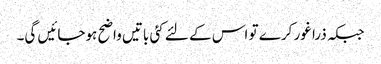
جبکہ ذرا غور کرے تو اس کے لئے کئی باتیں واضح ہوجائیں گی۔